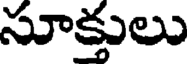
సూక్తులు